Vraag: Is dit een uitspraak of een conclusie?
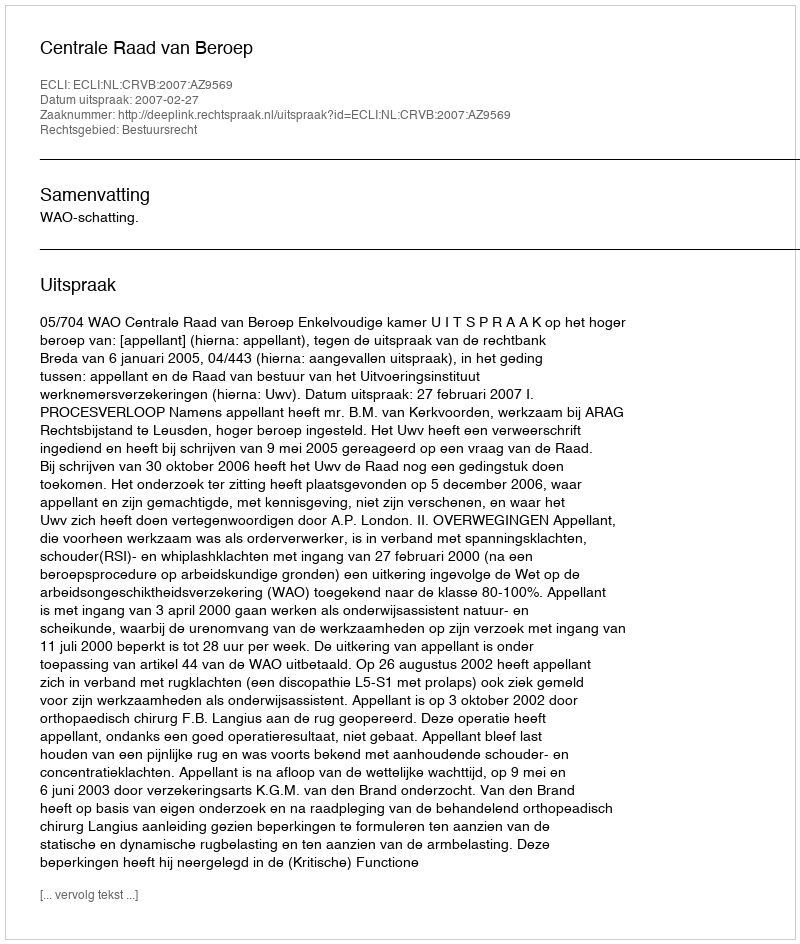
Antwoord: Uitspraak